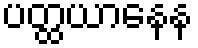
ပတ္ထယာနေန